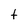
Character: t